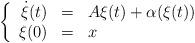
LaTeX: \begin{align*}\left\{\begin{array}{rcl}\dot{\xi}(t) & = & A \xi(t) + \alpha(\xi(t))\\ \xi(0) & = & x\end{array}\right.\end{align*}